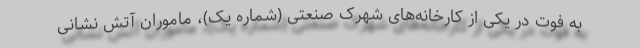
به فوت در یکی از کارخانه‌های شهرک صنعتی (شماره یک)، ماموران آتش نشانی